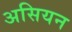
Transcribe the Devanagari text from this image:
असियन